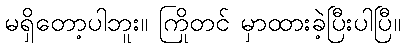
မရှိတော့ပါဘူး။ ကြိုတင် မှာထားခဲ့ပြီးပါပြီ။